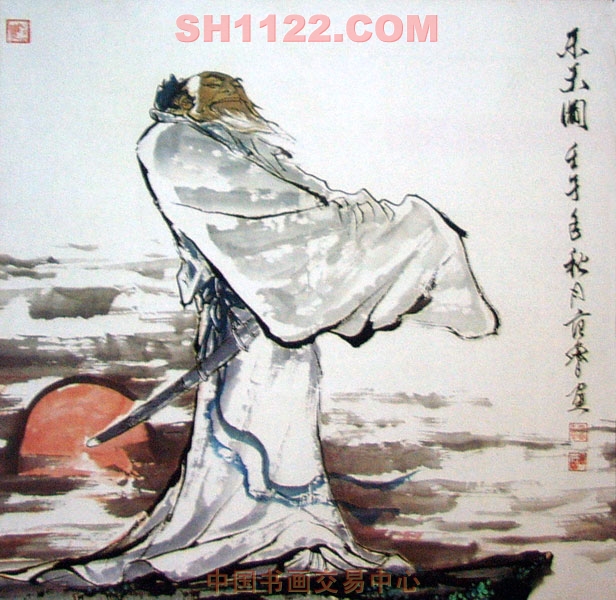
以大事小者，乐天者也。